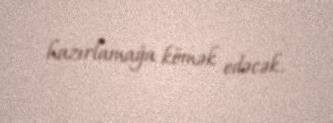
hazırlamağa kömək edəcək.